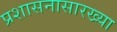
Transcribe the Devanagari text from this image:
प्रशासनासारख्या